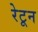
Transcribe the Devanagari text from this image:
रेटून